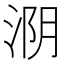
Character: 𰛺